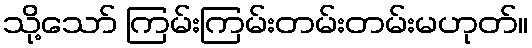
သို့သော် ကြမ်းကြမ်းတမ်းတမ်းမဟုတ်။